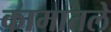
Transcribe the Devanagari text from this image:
कामातले